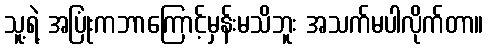
သူ့ရဲ့ အပြုံးကဘာကြောင့်မှန်းမသိဘူး အသက်မပါလိုက်တာ။